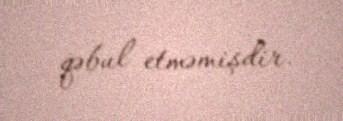
qəbul etməmişdir.